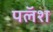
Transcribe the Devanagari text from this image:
पलॅश